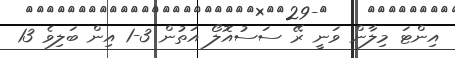
އިންޓަ މިލާން ވަނީ ރޭ ސަސުއޮލޯ އަތުން 3-1 އިން ބަލިވެ 13